Lunatic asylums Central Provinces reports 1910-1926 - 1910-1926
Year: 1910
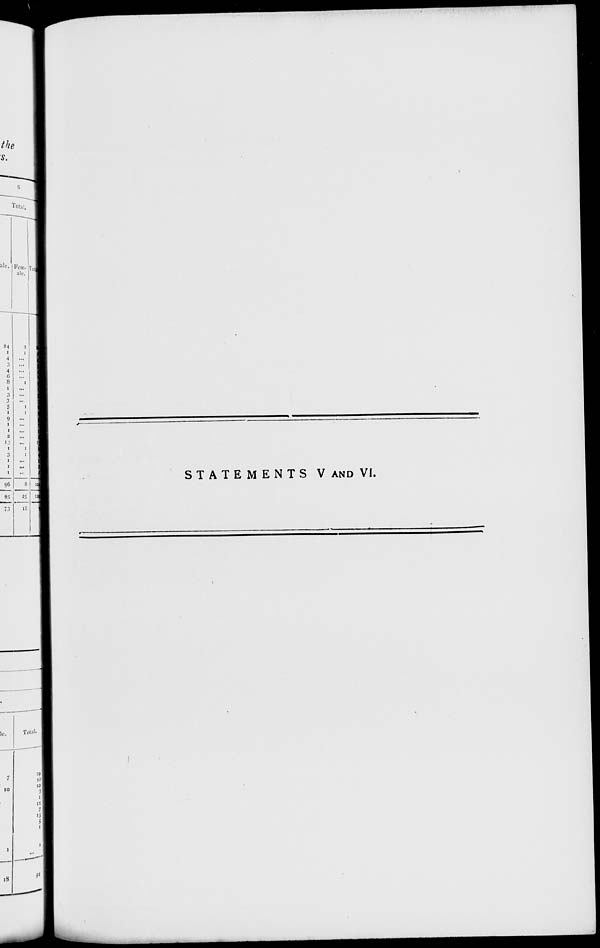
STATEMENTS V AND VI.